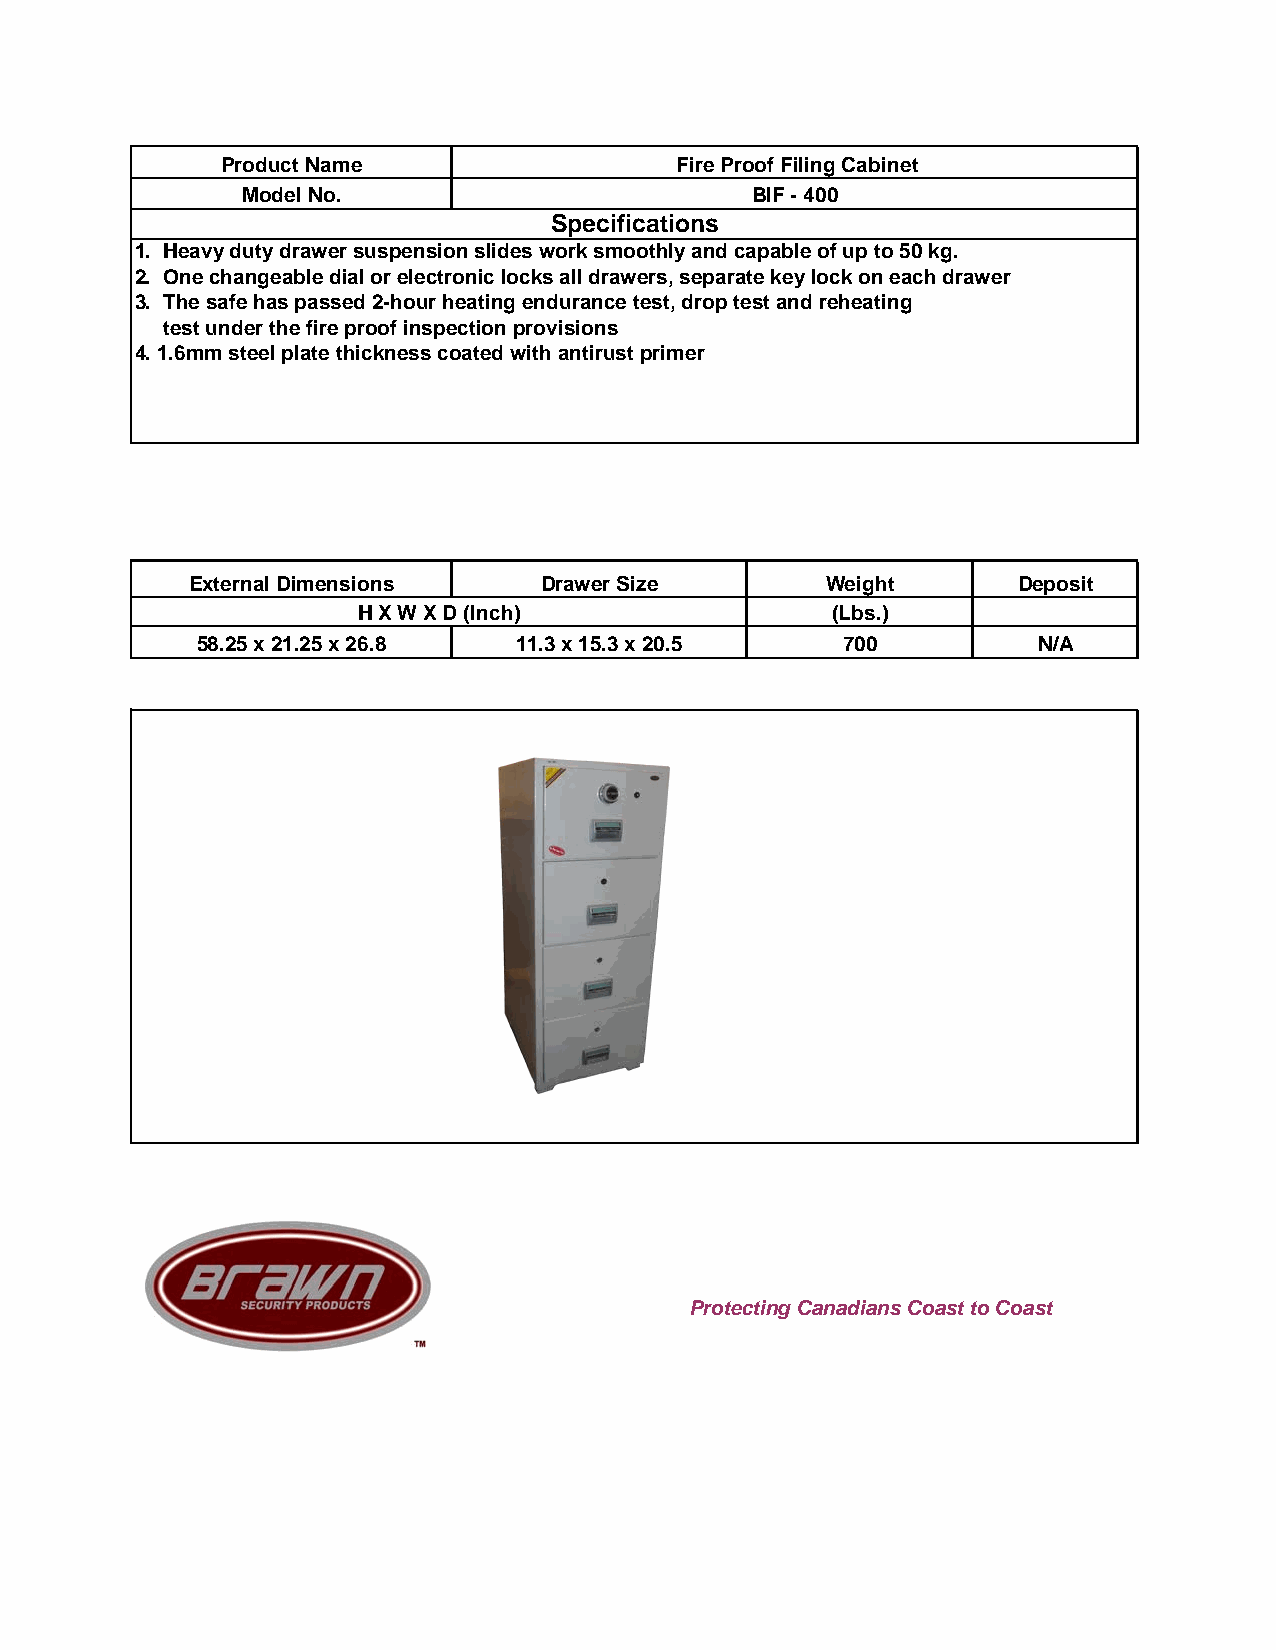
Product Name                  Fire Proof Filing Cabinet
 Model No.                        BIF - 400
 Specifications
 1. Heavy duty drawer suspension slides work smoothly and capable of up to 50 kg.
 2. One changeable dial or electronic locks all drawers, separate key lock on each drawer
 3. The safe has passed 2-hour heating endurance test, drop test and reheating
 test under the fire proof inspection provisions
 4. 1.6mm steel plate thickness coated with antirust primer
 External Dimensions    Drawer Size        Weight       Deposit
 H X W X D (Inch)                (Lbs.)
 58.25 x 21.25 x 26.8 11.3 x 15.3 x 20.5   700          N/A
 Protecting Canadians Coast to Coast